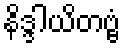
နိဒ္ဒါယိတဗ္ဗံ